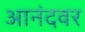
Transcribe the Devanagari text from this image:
आनंदवर